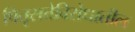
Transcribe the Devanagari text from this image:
पितृसत्तेविरोधातील